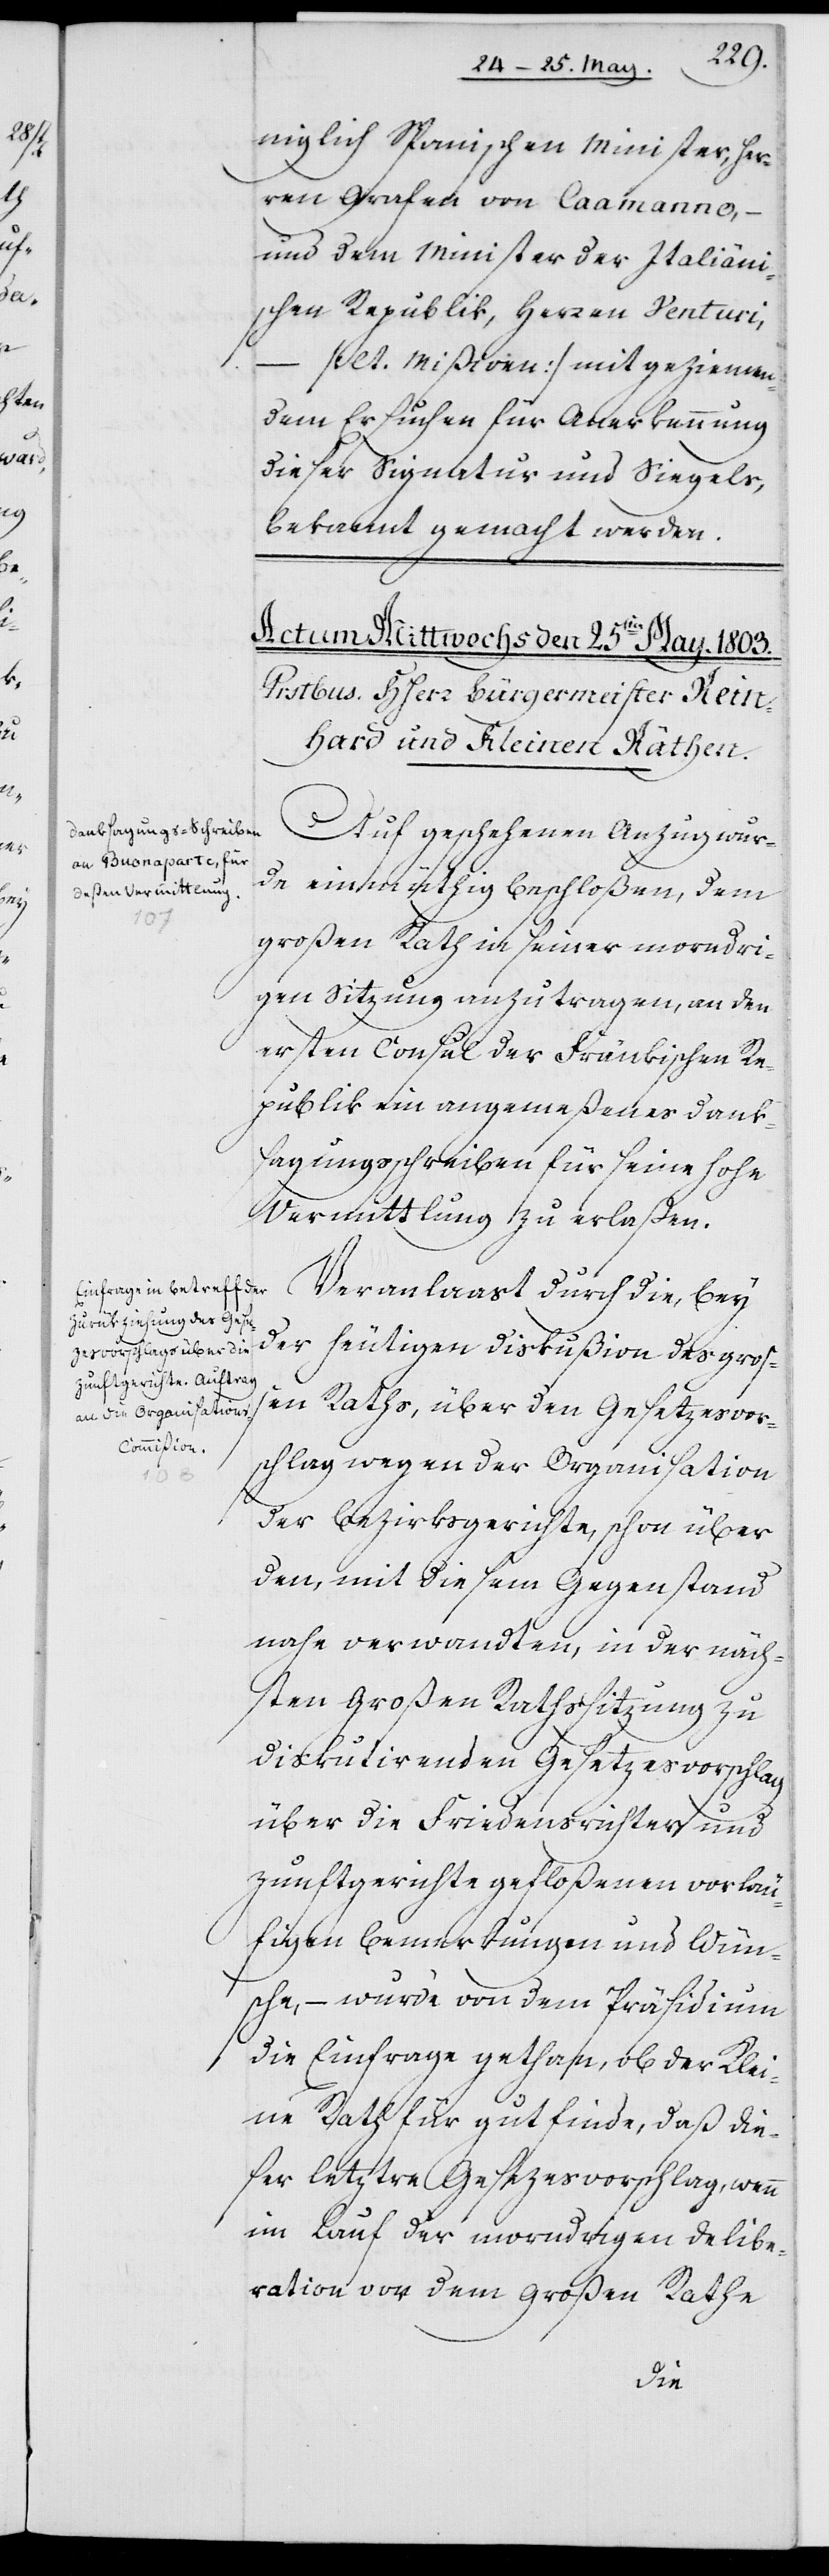
niglich Spanischen Minister, Her¬
ren Grafen von Caamanno,
und dem Minister der Italiäni¬
schen Republik, Herren Venturi,
(lt. Mißiven) mit geziemen¬
dem Ersuchen für Anerkennung
dieser Signatur und Siegels
bekannt gemacht werden.
Auf geschehenen Anzug wur¬
de einmüthig beschloßen, dem
großen Rath in seiner morndri¬
gen Sitzung anzutragen, an den
ersten Consul der Fränkischen Re¬
publik ein angemeßenes Dank¬
sagungsschreiben für seine hohe
Vermittlung zu erlaßen.
Veranlaßt durch die, bey
der heutigen Diskußion des groß¬
en Raths, über den Gesetzesvor¬
schlag wegen der Organisation
der Bezirksgerichte, schon über
den, mit diesem Gegenstand
nahe verwandten, in der näch¬
sten Großen Ratssitzung zu
diskutierenden Gesetzesvorschlag
über die Friedensrichter und
Zunftgerichte gefloßenen vorläu¬
figen Bemerkungen und Wün¬
sche, – wurde von dem Präsidium
die Einfrage gethan, ob der Klei¬
ne Rath für gut finde, daß die¬
ser letztre Gesezesvorschlag, wenn
im Lauf der morndrigen Delibe¬
ration von dem Großen Rathe